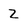
Character: 2